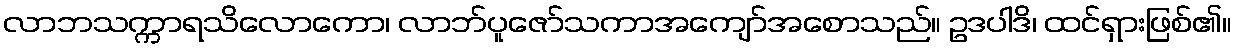
လာဘသက္ကာရသိလောကော၊ လာဘ်ပူဇော်သကာအကျော်အစောသည်။ ဥဒပါဒိ၊ ထင်ရှားဖြစ်၏။